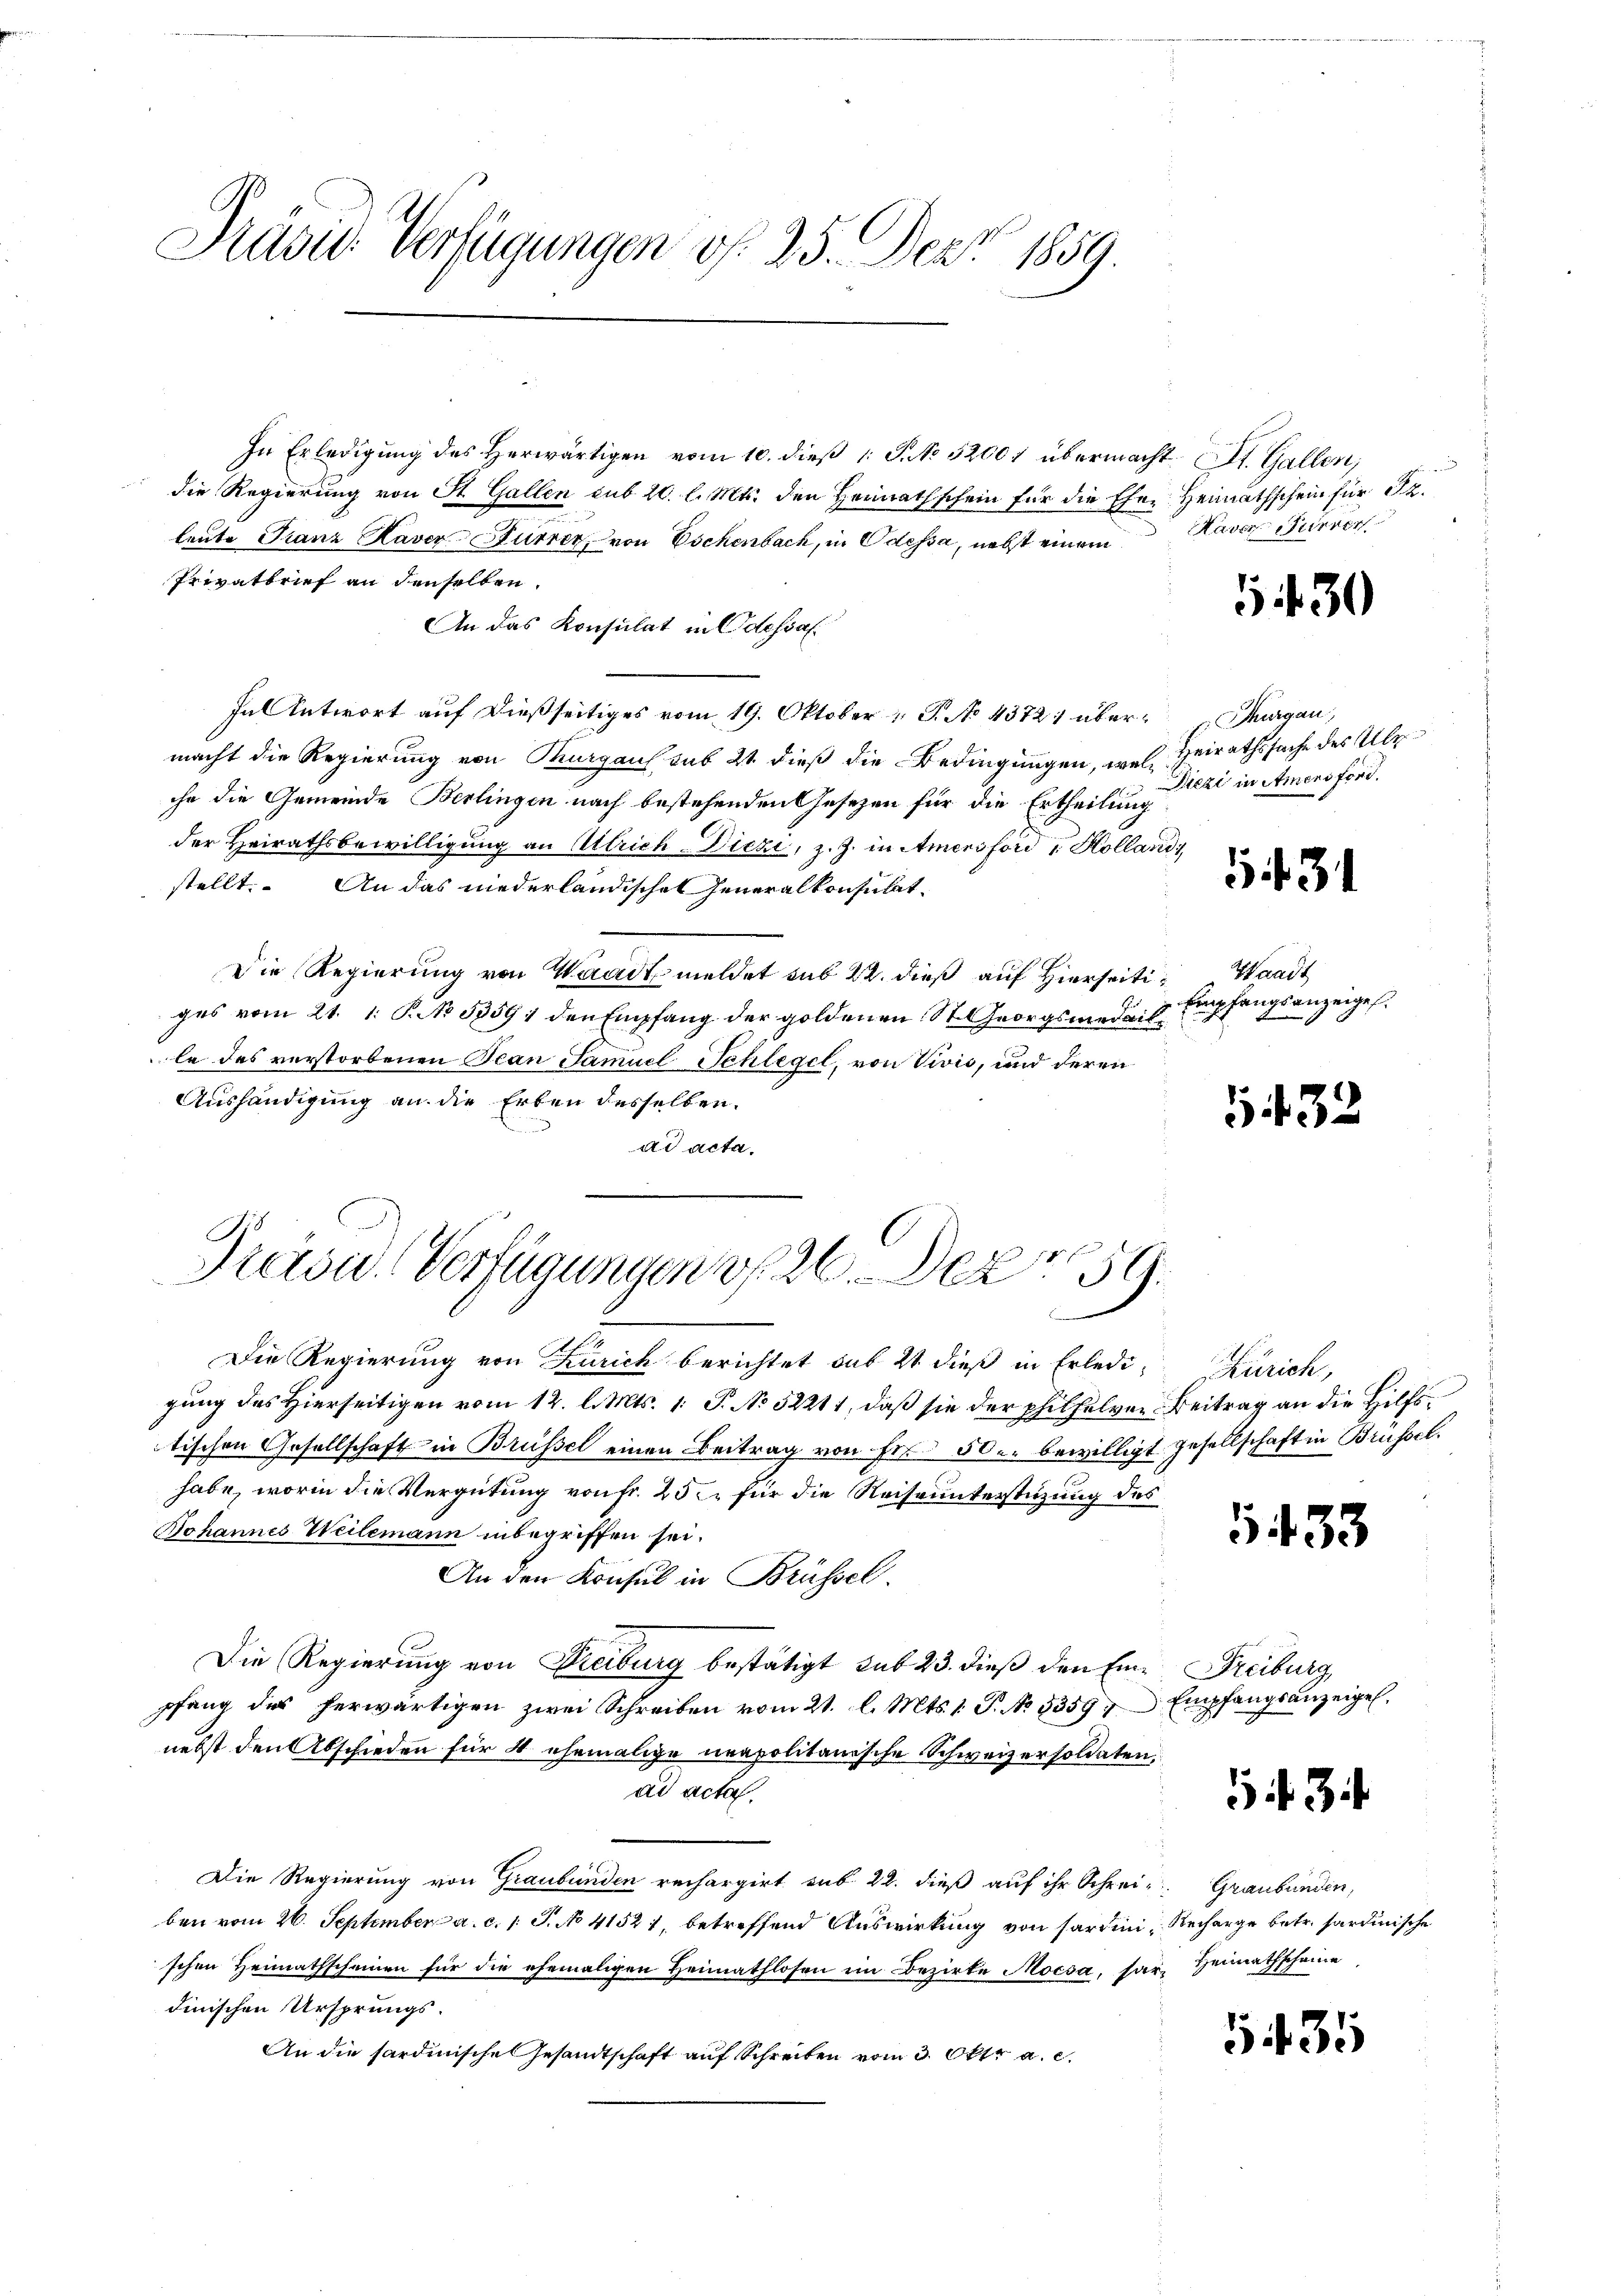
Präsid. Verfügungen v. 25. Dez. 1859.

In Erledigung des Herwärtigen vom 10. dieß 1 S. No 52001 übermacht. St. Gallen,
die Regierung von St. Gallen sub 20. l. Mts. den Hernathschein für die Ehre Heimathschein für Sr.
leute Franz Raver Sturrer, von Eschenbach, in Odessa, nebst einem
Privatbrief an denselben.
An das Konsulat in Odessal
In Antwort auf dießseitiges vom 19. Oktober  G. No 4372. übermacht die Regierung von Thurgaus sub 21. dieß die Bedingungen, wel Heirathssache des Aleche die Gemeinde Berlingen nach bestehenden Gesezen für die Ertheilung
der Heirathsbewilligung an Ulrich-Dieze, z. Z. in Amensford Kolland
stellt. An das niederländischen Generalkonsulat¬
Die Regierung von Waadt meldet sub 22. dieß auf Hierseiti- Waadt
ges vom 21. 1. P. No. 53591 den Empfang der goldenen St. Georgsmedail
le des verstorbenen Jean Samuel Schlegel, von Vivis, und deren
Aushändigung an die Erben desselben.
ad acta.

Preisa-Verfügungen v. 26. Dez. 159.

Die Regierung von Zürich berichtet sub 21. dieß in Erledigung des Hierseitigen vom 12. l. Mts. 1. P. No 52211, daß sie der philfelver Beitrag an die Hilfstischen Gesellschaft in Brüssel einen Beitrag von Fr. 50 u. bewilligt gesellschaft in Brüssel.
habe, worin die Vergütung von Fr. 25. für die Reiseunterstüzung des
Bohannes Weilemann inbegriffen sei.
An den Konsul in Brüssel.
Die Regierung von Dreiburg bestätigt sub 23. dieß den Einpfang des herwärtigen zwei Schreiben vom 21. l. Mts. 1. P. No 1359. Empfangsanzeigel.
nebst den Abschieden für 4 ehemalige neapolitanische Schweizersoldaten,
ad acta.
Die Regierung von Graubünden rechargirt sub 22. dieß auf ihr Schrei- Graubünden,
ben vom 26. September a. c. 1 S. No 41521, betreffend Auswirkung von sartini Recharge betr. sardinische
schen Heimathscheinen für die ehemaligen Heimathlosen im Bezirke Moesa, sar, Heimathscheine
dinischen Ursprungs¬
An die sardinische Gesandtschaft auf Schreiben vom 3. Oktr. a. c.

Haver Furrer

1430

Thurgau,
Diezi in Amens ford.

131

Empfangsanzeigel.

5432

Zürich,

1433

Freiburg,

54. 3

5435